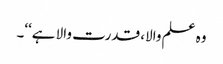
وہ علم والا، قدرت والا ہے‘‘۔